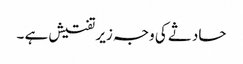
حادثے کی وجہ زیر تفتیش ہے ۔